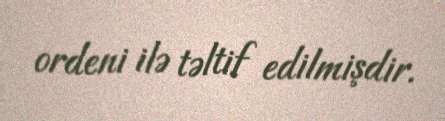
ordeni ilə təltif edilmişdir.